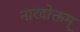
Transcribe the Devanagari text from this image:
नारदोक्तम्